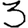
Digit: 3